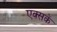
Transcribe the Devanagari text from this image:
एक्सकें